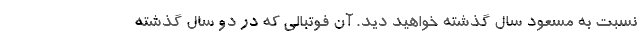
نسبت به مسعود سال گذشته خواهید دید. آن فوتبالی که در دو سال گذشته